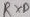
Text: RYD